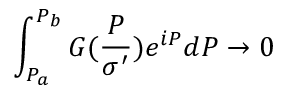
\int _ { P _ { a } } ^ { P _ { b } } G ( \frac { P } { \sigma ^ { \prime } } ) e ^ { i P } d P \rightarrow 0